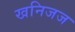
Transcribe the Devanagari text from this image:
खनिजज